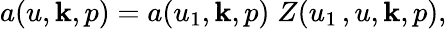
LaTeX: a(u,{\mathbf k},p)=a(u_{1},{\mathbf k},p)\; Z(u_{1}\, ,u,{\mathbf k},p),